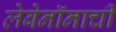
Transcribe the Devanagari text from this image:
लेबेनॉनाची